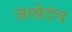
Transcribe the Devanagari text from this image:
जलोदंच